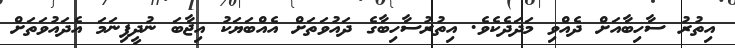
އިތުރު ސާހިބާއަށް ދެއްވި މަދަދެކެވެ. އިތުރުސާހިބާގެ ދައުވަތަށް އެއްބަޔަކު އިޖާބަ ނުދީފިނަމަ އެދައުވަތަށް